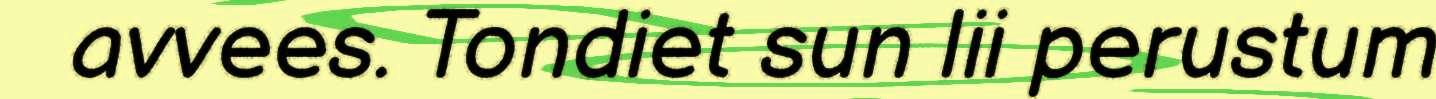
avvees. Tondiet sun lii perustum